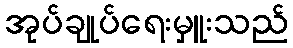
အုပ်ချုပ်ရေးမှူးသည်